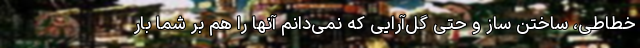
خطاطی، ساختن ساز و حتی گل‌آرایی که نمی‌دانم آنها را هم بر شما بار